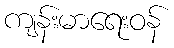
ကျန်းမာရေးဝန်